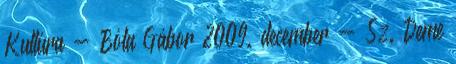
Kultúra - Bóta Gábor 2009. december - Sz. Deme